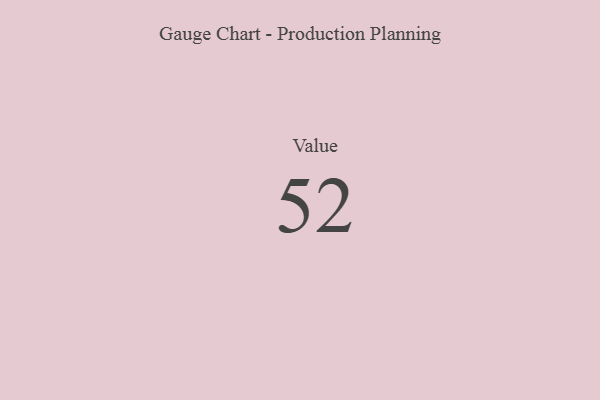
{"axis": {"x": "Metric", "y": "Value"}, "legend": [""], "data": [{"x": "Value", "y": 52, "type": ""}]}